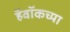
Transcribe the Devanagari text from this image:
हॅवॉकच्या